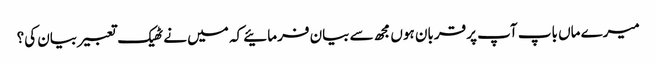
میرے ماں باپ آپ پر قربان ہوں مجھ سے بیان فرمائیے کہ میں نے ٹھیک تعبیر بیان کی؟